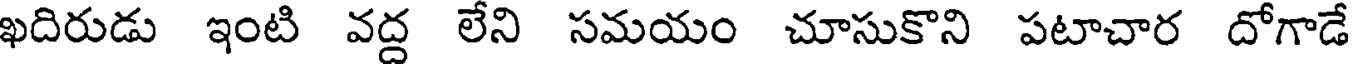
ఖదిరుడు ఇంటి వద్ద లేని సమయం చూసుకొని పటాచార దోగాడే